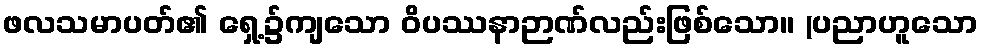
ဖလသမာပတ်၏ ရှေ့၌ကျသော ဝိပဿနာဉာဏ်လည်းဖြစ်သော။ (ပညာဟူသော